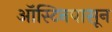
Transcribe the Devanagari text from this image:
ऑस्टिनपासून